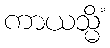
ကာယသ္မိံ